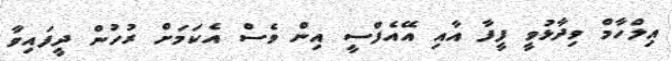
އިލްހާމް ވިދާޅުވީ ފީފާ އާއި އޭއެފްސީ އިން ވެސް އެކަމަށް ރުހުން ދީފައިވާ